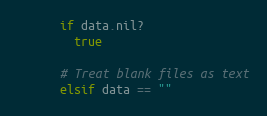
Language: Ruby
      if data.nil?
        true

      # Treat blank files as text
      elsif data == ""